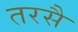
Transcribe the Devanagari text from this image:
तरसै